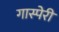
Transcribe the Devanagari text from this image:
गास्पेरी